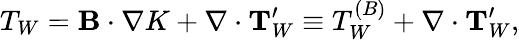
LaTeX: T_{W}={\mathbf{B}}\cdot\nabla K+\nabla\cdot{\mathbf{T}}_{W}^{\prime}\equiv T_{W}^{(B)}+\nabla\cdot{\mathbf{T}}_{W}^{\prime},